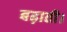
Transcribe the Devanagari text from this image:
बढ़ाती।